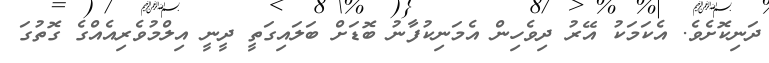
ދަނިކޮށެވެ. އެކަމަކު އޭރު ދިވެހިން އެމަނިކުފާނު ބޮޑަށް ބަލައިގަތީ ދީނީ އިލްމުވެރިއެއްގެ ގޮތުގަ